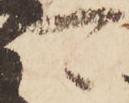
可